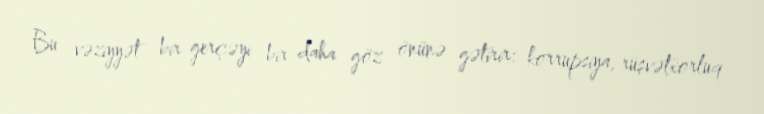
Bu vəziyyət bir gerçəyi bir daha göz önünə gətirir: korrupsiya, rüşvətxorluq